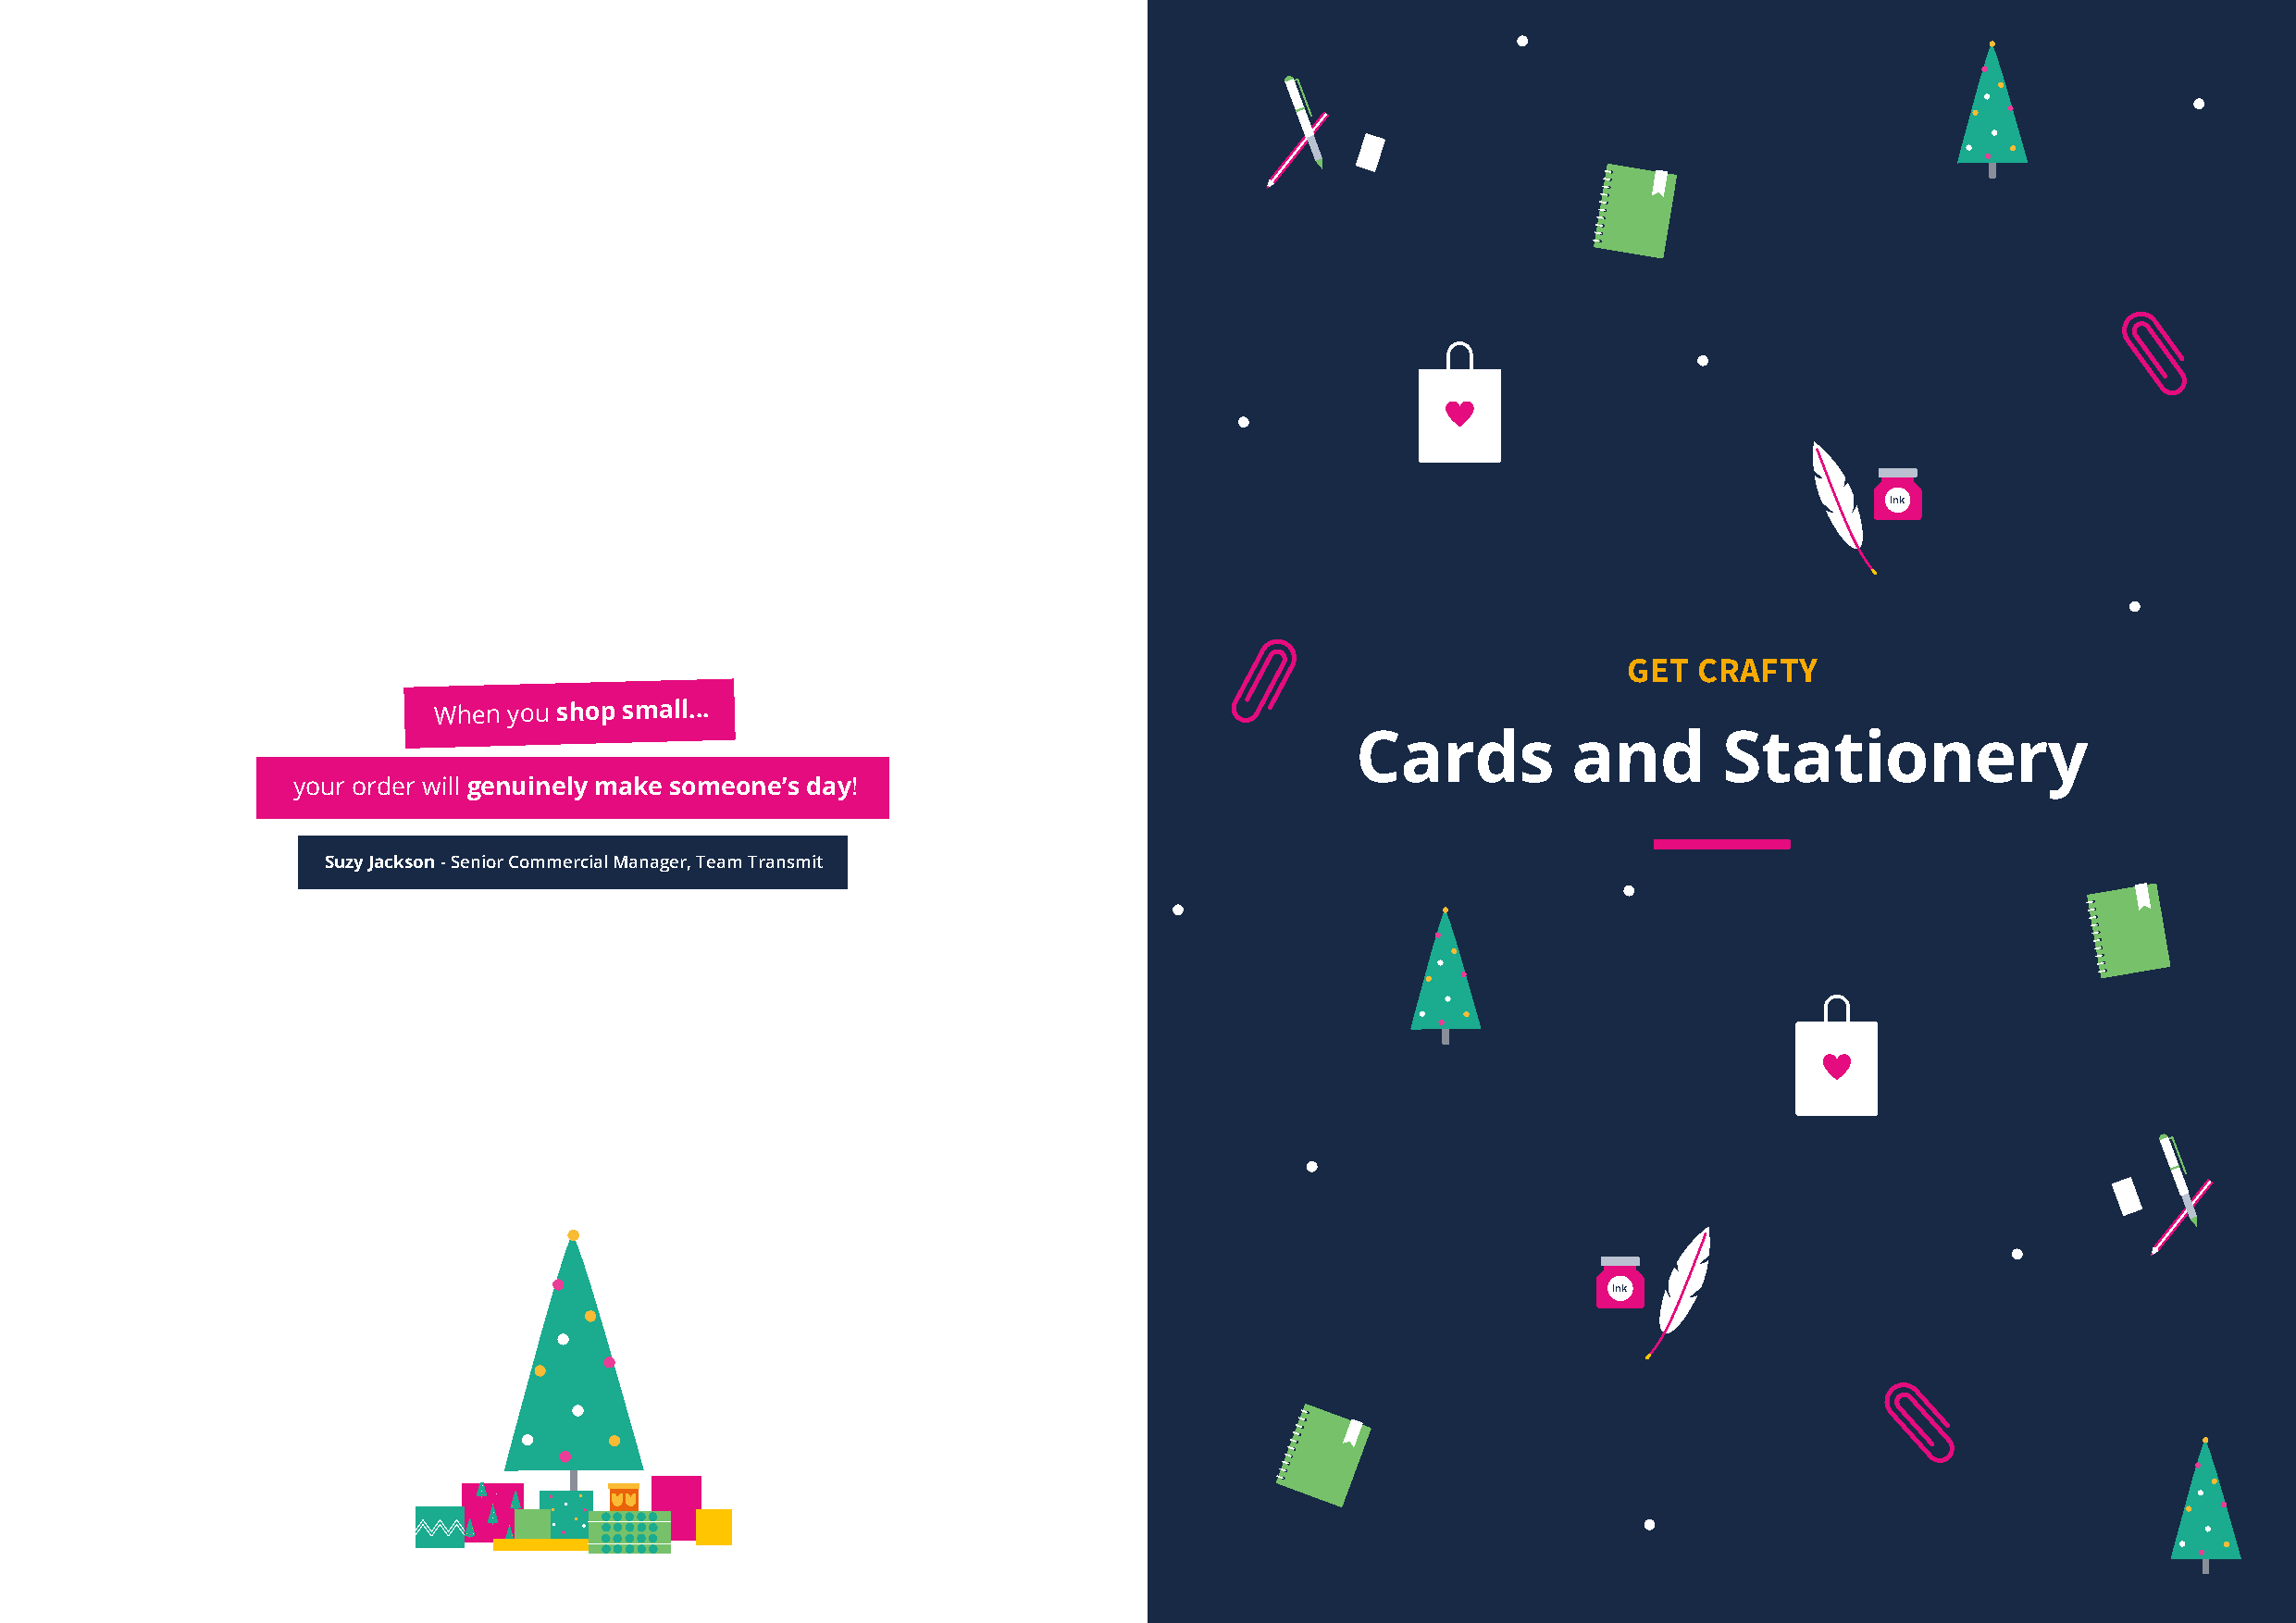
ink
 GET  CRAFTY
 When you shop small...
 Cards          and        Stationery
 your order will genuinely make someone’s day!
 Suzy Jackson - Senior Commercial Manager, Team Transmit
 ink